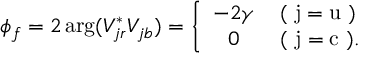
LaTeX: \phi _ { f } = 2 \, \mathrm { a r g } ( V _ { j r } ^ { \ast } V _ { j b } ) = \left\{ \begin{array} { c c } { { - 2 \gamma } } & { { \mathrm { ( ~ j = u ~ ) } } } \\ { { 0 } } & { { \, \mathrm { ( ~ j = c ~ ) . } } } \end{array} \right.